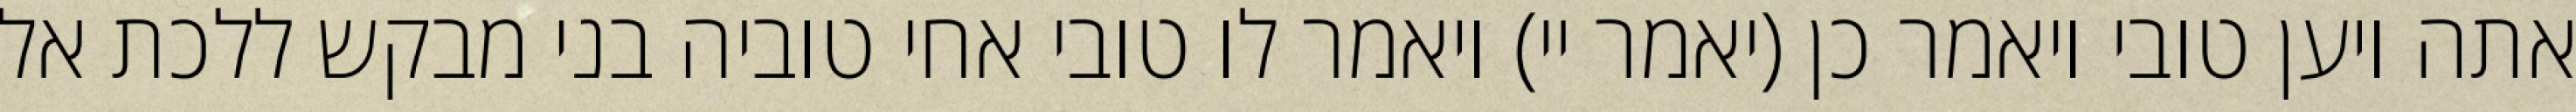
אתה ויען טובי ויאמר כן (יאמר יי) ויאמר לו טובי אחי טוביה בני מבקש ללכת אל